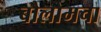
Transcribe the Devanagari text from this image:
बौलोमचा